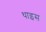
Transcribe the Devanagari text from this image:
थाइस